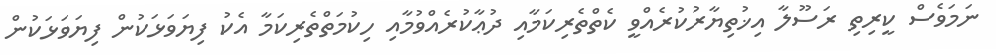
ނަމަވެސް ކީރިތި ރަސޫލާ އިޚުތިޔާރުކުރެއްވީ ކެތްތެރިކަމާއި ދުޢާކުރެއްވުމާއި ހިކުމަތްތެރިކަމާ އެކު ފިޔަވަޅަކުން ފިޔަވަޅަކުން